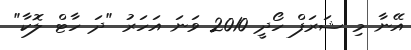
އޭނާ މި ޝަރަފް ހޯދީ 2010 ވަނަ އަހަރު "ދަ ހާޓް ލޮކާ"